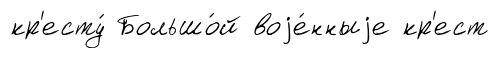
кр'есту́ Большо́й воjе́нныjе кр'ест